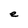
Character: e